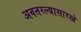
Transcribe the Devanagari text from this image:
अवतरल्यासारखे